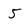
Character: 5